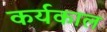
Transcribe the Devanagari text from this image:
कर्यकाल